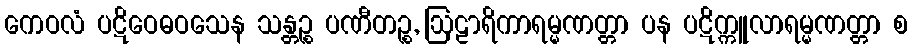
ကေဝလံ ပဋိဝေဓဝသေန သန္တဉ္စ ပဏီတဉ္စ, ဩဠာရိကာရမ္မဏတ္တာ ပန ပဋိက္ကူလာရမ္မဏတ္တာ စ